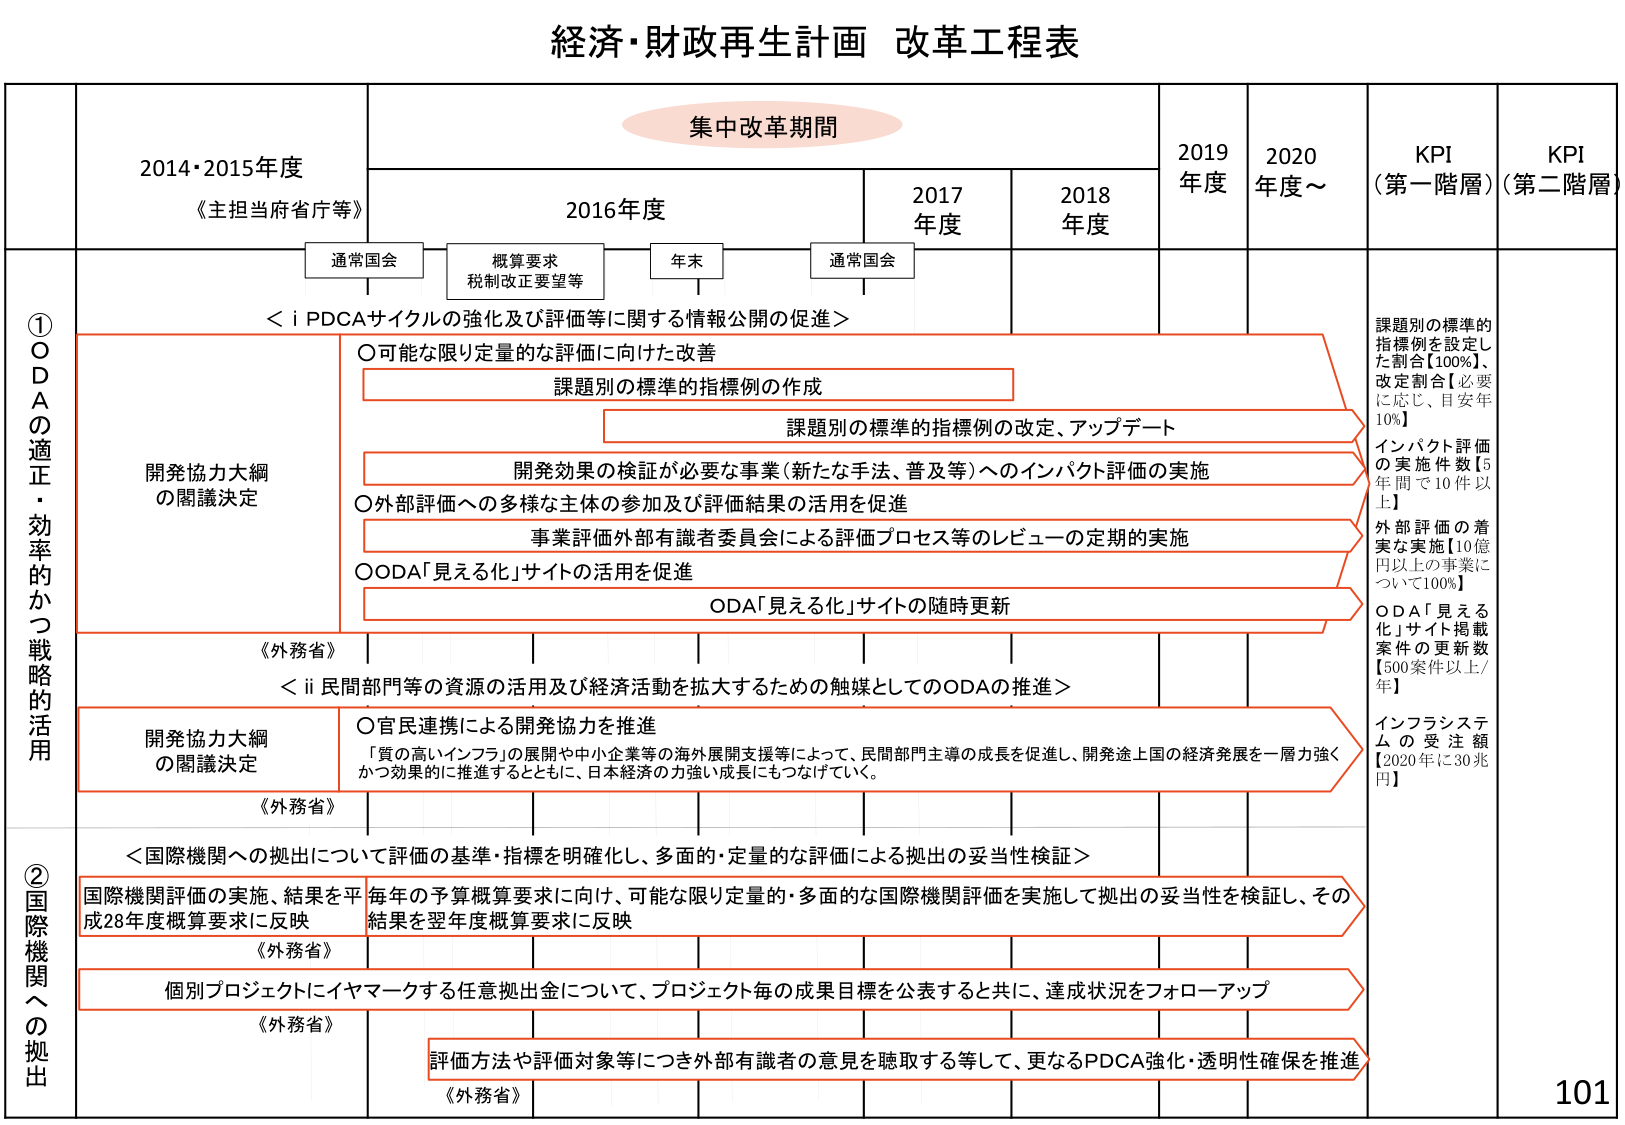
経済・財政再生計画 改革工程表

集中改革期間

2014・2015年度
《主担当府省庁等》

2016年度
通常国会
概算要求
税制改正要望等
年末
通常国会

2017年度
2018年度
2019年度
2020年度～

KPI（第一階層）
KPI（第二階層）

① ODAの適正・効率的かつ戦略的活用

＜i PDCAサイクルの強化及び評価等に関する情報公開の促進＞

○可能な限り定量的な評価に向けた改善
課題別の標準的指標例の作成
課題別の標準的指標例の改定、アップデート
開発効果の検証が必要な事業（新たな手法、普及等）へのインパクト評価の実施
○外部評価への多様な主体の参加及び評価結果の活用を促進
事業評価外部有識者委員会による評価プロセス等のレビューの定期的実施
○ODA「見える化」サイトの活用を促進
ODA「見える化」サイトの随時更新

課題別の標準的指標例を設定した割合【100%】、改定割合【必要に応じ、目安年10%】
インパクト評価の実施件数【5年間で10件以上】
外部評価の着実な実施【10億円以上の事業について100%】
ODA「見える化」サイト掲載案件の更新数【500案件以上/年】

《外務省》

＜ii 民間部門等の資源の活用及び経済活動を拡大するための触媒としてのODAの推進＞

開発協力大綱の閣議決定
○官民連携による開発協力を推進
「質の高いインフラ」の展開や中小企業等の海外展開支援等によって、民間部門主導の成長を促進し、開発途上国の経済発展を一層効果的に推進するとともに、日本経済の力強い成長にもつなげていく。

インフラシステムの受注額【2020年に30兆円】

② 国際機関への拠出

＜国際機関への拠出について評価の基準・指標を明確化し、多面的・定量的な評価による拠出の妥当性検証＞

国際機関評価の実施、結果を平成28年度概算要求に反映
毎年の予算概算要求に向け、可能な限り定量的・多面的な国際機関評価を実施して拠出の妥当性を検証し、その結果を翌年度概算要求に反映

《外務省》

個別プロジェクトにイヤマークする任意拠出金について、プロジェクト毎の成果目標を公表すると共に、達成状況をフォローアップ

評価方法や評価対象等につき外部有識者の意見を聴取する等して、更なるPDCA強化・透明性確保を推進

《外務省》

101